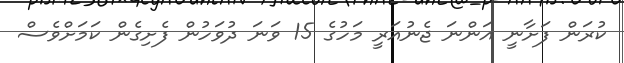
ކުރަން ފަށާނީ އަންނަ ޖެނުއަރީ މަހުގެ 15 ވަނަ ދުވަހުން ފެށިގެން ކަމަށްވެސް